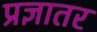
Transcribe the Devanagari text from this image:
प्रज्ञातर